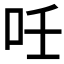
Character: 𠰃